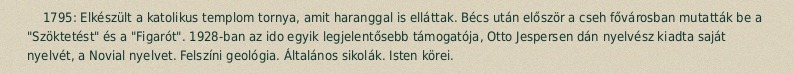
1795: Elkészült a katolikus templom tornya, amit haranggal is elláttak. Bécs után először a cseh fővárosban mutatták be a "Szöktetést" és a "Figarót". 1928-ban az ido egyik legjelentősebb támogatója, Otto Jespersen dán nyelvész kiadta saját nyelvét, a Novial nyelvet. Felszíni geológia. Általános sikolák. Isten körei.